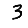
Digit: 3